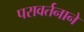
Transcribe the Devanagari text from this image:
परावर्तनाने